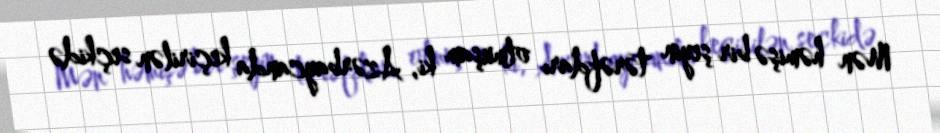
Mən həmişə bir şeyin tərəfdarı olmuşam ki, Azərbaycanda keçirilən seçkidə